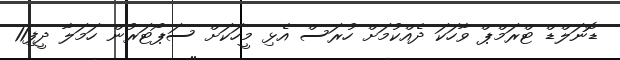
ޑޮނަލްޑް ޓްރަމްޕް ވާހަކަ ދެއްކުމަށް ހުރަސް އެޅި މީހަކަށް ސަޕޯޓަރުން ހަމަލާ ދީފި11